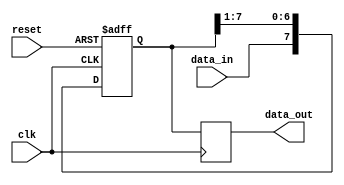
module serial_in_parallel_out(
  input wire clk,  // Clock signal
  input wire reset,  // Reset signal
  input wire data_in,  // Data input signal
  output reg [7:0] data_out  // 8-bit parallel output signal
);

reg [7:0] register;  // 8-bit shift register

always @(posedge clk or posedge reset) begin
  if(reset) begin
    register <= 8'b00000000;  // Reset the register to all zeros
  end else begin
    register <= {data_in, register[7:1]};  // Shift in the new data input
  end
end

always @(posedge clk) begin
  data_out <= register;  // Output the parallel data on the rising edge of the clock
end

endmodule